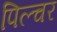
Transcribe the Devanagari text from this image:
पिल्चर